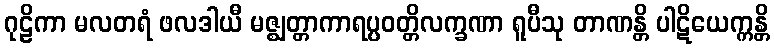
ဂုဠိကာ မလတရံ ဖလဒါယီ မဇ္ဈတ္တာကာရပ္ပဝတ္တိလက္ခဏာ ရူပီသု တာဏန္တိ ပါဋိယေက္ကန္တိ